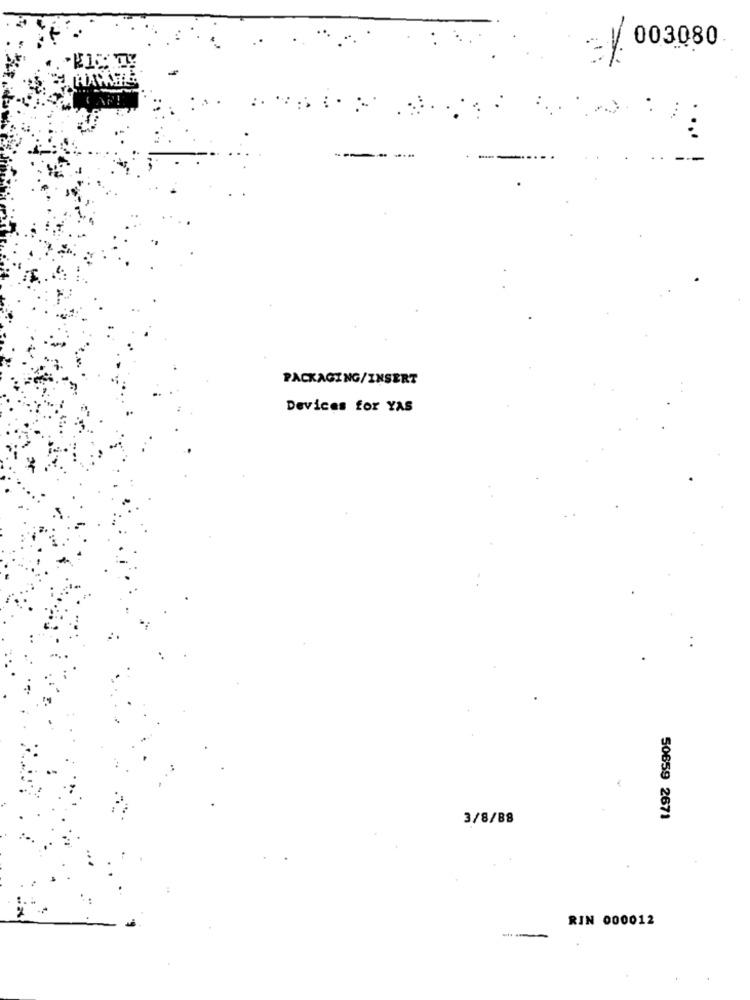
/ 003080
:
PACKAGING/INSERT
Devices for YAS
3/8/88
50659 2671
RIN 000012